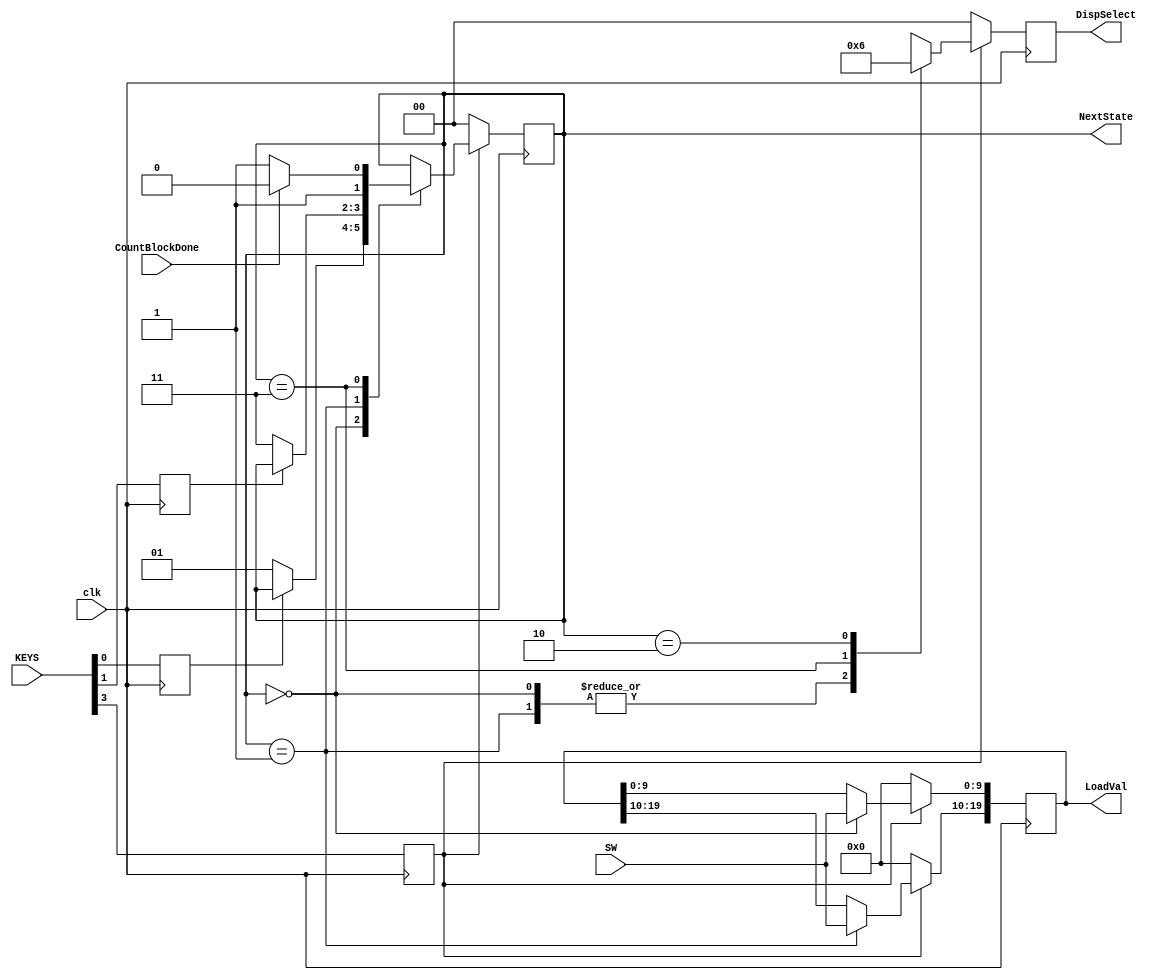


module PrimeStateMachine( clk, SW, KEYS, CountBlockDone, DispSelect, LoadVal, NextState);

	input clk;
	input [9:0] SW;
	input [3:0] KEYS;
	input CountBlockDone;
	
	//output [9:0] LEDR;
	output reg [1:0] DispSelect;
	output reg [19:0] LoadVal;
	output [1:0] NextState;
	
	reg [1:0] state;
	//reg [1:0] next_state;
	
	
	wire Reset;
	wire LSB_Entry;
	wire MSB_Entry;
	
	reg sync_LSB;
	reg sync_MSB;
	reg sync_Reset;
	
	assign Reset = KEYS[3];
	
	assign LSB_Entry = KEYS[0];
	assign MSB_Entry = KEYS[1];
	
	assign NextState = state;
	
	always@(posedge clk) begin : StateMachine
	
		parameter LSB_Load = 0, MSB_Load = 1, Calculate = 3, Display = 2;		// Gray Code States
		
		// Synchronize Inputs
		sync_LSB <= LSB_Entry;
		sync_MSB <= MSB_Entry;
		sync_Reset <= Reset;
		
		if(!sync_Reset) begin
			state <= LSB_Load;
			LoadVal <= 0;
			DispSelect <= 0;
			//CountBlockEnable <= 0;
			
		end
		else begin
			case (state)
				LSB_Load : begin
					//led_out <= 1;
					LoadVal[9:0] <= SW;
					DispSelect <= 0;
					
					if( !sync_LSB ) begin		// User presses the LSB_entry Button
						state <= MSB_Load;
					end
				end
				
				MSB_Load : begin
					//led_out <= 2;
					LoadVal[19:10] <= SW;
					DispSelect <= 0;
					
					if( !sync_MSB) begin		// User presses MSB_entry Button
						state <= Calculate;
					end
				end
				
				Calculate : begin
					//led_out <= 4;
					//CountBlockEnable <= 1;
					DispSelect <= 1;
					
					if(CountBlockDone) begin
						state <= Display;
					end
					else begin
						state <= Calculate;
					end
					
				end
				
				Display : begin
					//led_out <= 8;
					//CountBlockEnable <= 0;
					DispSelect <= 2;
				end
			endcase
		end
	end
					
					
endmodule